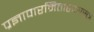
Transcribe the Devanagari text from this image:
प्रज्ञापारमिताहृदयसूत्र